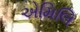
એમિલિ